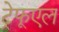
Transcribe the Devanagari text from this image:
ट्रेफूएल